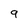
Character: 9